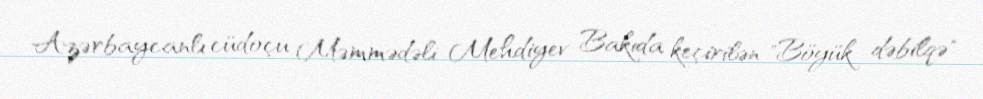
Azərbaycanlı cüdoçu Məmmədəli Mehdiyev Bakıda keçirilən "Böyük dəbilqə"